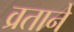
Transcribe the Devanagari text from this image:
व्रताने